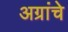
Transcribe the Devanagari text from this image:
अग्रांचे